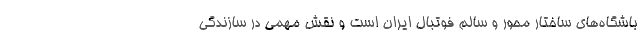
باشگاه‌های ساختار محور و سالم فوتبال ایران است و نقش مهمی در سازندگی